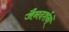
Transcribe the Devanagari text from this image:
जैनदर्शनों